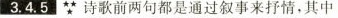
■3.4.5∵诗歌前两句都是通过叙事来抒情，其中